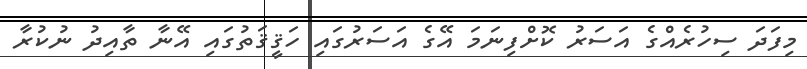
މިފަދަ ސިހުރެއްގެ އަސަރު ކޮށްފިނަމަ އޭގެ އަސަރުގައި ހަޤީޤަތުގައި އޭނާ ތާއިދު ނުކުރާ